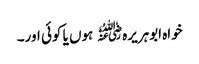
خواہ ابوہریرہ﷜ ہوں یا کوئی اور۔